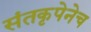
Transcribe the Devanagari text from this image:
संतकृपेनेच